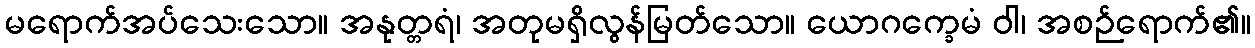
မရောက်အပ်သေးသော။ အနုတ္တရံ၊ အတုမရှိလွန်မြတ်သော။ ယောဂက္ခေမံ ဝါ၊ အစဉ်ရောက်၏။